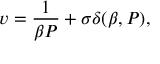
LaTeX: v = \frac { 1 } { \beta P } + \sigma \delta ( \beta , P ) ,